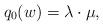
LaTeX: \begin{align*} q_0(w)=\lambda\cdot\mu,\end{align*}